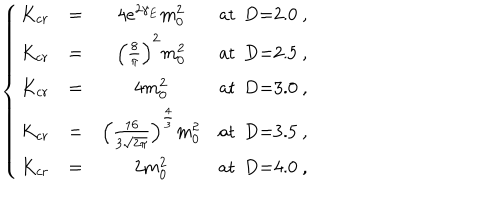
LaTeX: \left\{ \begin{array} { c c c c } { { K _ { c r } } } & { { = } } & { { 4 e ^ { 2 \gamma _ { E } } m _ { 0 } ^ { 2 } } } & { { \mathrm { a t ~ D = 2 . 0 ~ } , } } \\ { { K _ { c r } } } & { { = } } & { { \left( \frac { 8 } { \pi } \right) ^ { 2 } m _ { 0 } ^ { 2 } } } & { { \mathrm { a t ~ D = 2 . 5 ~ } , } } \\ { { K _ { c r } } } & { { = } } & { { 4 m _ { 0 } ^ { 2 } } } & { { \mathrm { a t ~ D = 3 . 0 ~ } , } } \\ { { K _ { c r } } } & { { = } } & { { \left( \frac { 1 6 } { 3 \sqrt { 2 \pi } } \right) ^ { \frac { 4 } { 3 } } m _ { 0 } ^ { 2 } } } & { { \mathrm { a t ~ D = 3 . 5 ~ } , } } \\ { { K _ { c r } } } & { { = } } & { { 2 m _ { 0 } ^ { 2 } } } & { { \mathrm { a t ~ D = 4 . 0 ~ } , } } \\ \end{array} \right.